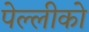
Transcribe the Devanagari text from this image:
पेल्लीको